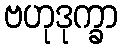
ဗဟုဒုက္ခာ